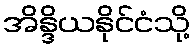
အိန္ဒိယနိုင်ငံသို့